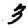
Digit: 3